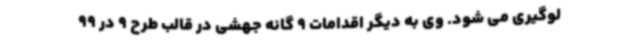
لوگیری می شود. وی به دیگر اقدامات 9 گانه جهشی در قالب طرح 9 در 99